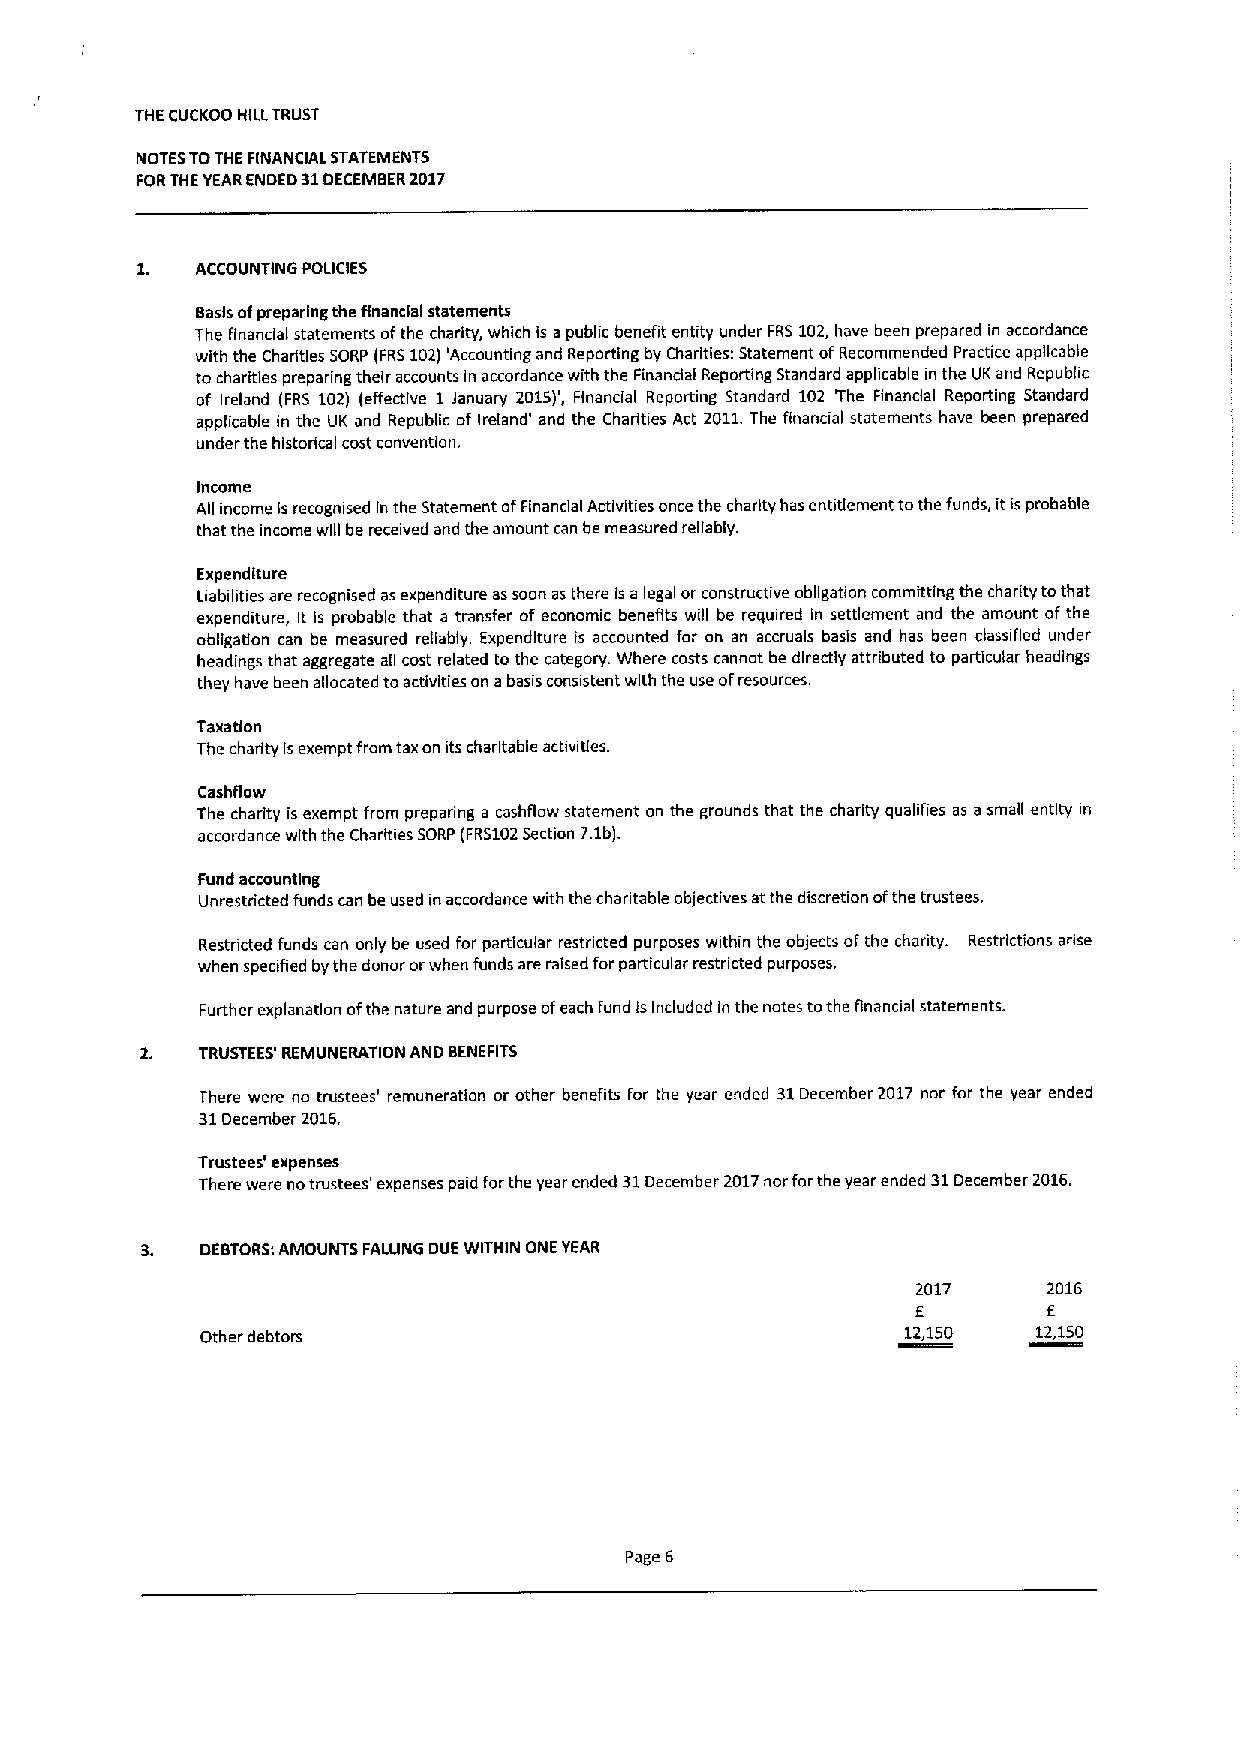
THE CUCKOO HILLTRUST
 NOTESTOTHE F(NANCIAL STATEMENTS
 FORTHEYEARENDED 31DECEMBER2017
 1.  ACCOUNTING POLICIES
 Basis ofpreparing the financial statements
 The financial statements ofthe charity, which is a public benefit entity under FRS102,have been prepared in accordance
 with the Charities SORP (FRS102)'Accounting and Reporting by Charities: Statement ofRecommended Practice applicable
 to charities preparing their accounts in accordance with the Finandal Reporting Standard applicable in the UKand Republic
 of Ireland (FRS 102) (effective 1January 2015)', Financial Reporting Standard 102 'The Financial Reporting Standard
 applicable in the UK and Republic of Ireland' and the Charities Act 2011.The financial statements have been prepared
 under the historical cost convention.
 Income
 All income is recogmsed ln the Statement ofFinancial Activities once the charity has entitlement tothe funds, itis probable
 that the income will be received and the amount can be measured reliably.
 Expenditure
 Liabilities are recognised asexpenditure assoon asthere ls a legal orconstructive obligation committing the charity tothat
 expenditure, it is probable that a transfer of economic benefits will be required in settlement and the amount ofthe
 obligation can be measured reliably. Expenditure is accounted for on an accruals basis and has been classified under
 headings that aggregate all cost related to the category. Where costs cannot be directly attributed to particular headings
 they have been allocated toactivities on abasis consistent with the use ofresources.
 Taxatlon
 Ihe charity Isexempt from taxon its charitable activities.
 Cashflow
 The charity is exempt from preparing a cashflow statement on the grounds that the charity qualifies as a small entity m
 accordance with the Charities SORP (FRS102Section 7.1b).
 Fund accounting
 Unrestricted funds can be used in accordance with the chantable objectives at the discretion ofthe trustees.
 Restricted funds can only be used for particular restncted purposes within the objects ofthe charity. Restrictions arise
 when specified by the donor orwhen funds are raised forparticular restricted purposes.
 Further explanation ofthe nature and purpose ofeach fund isIncluded in the notes tothe financial statements.
 TRUSTEES' REMUNERATION AND BENEFITS
 There were no trustees' remuneration or other benefits for the year ended 31December 2017 nor for the year ended
 31December 2016,
 Trustees' expenses
 There were notrustees' expenses paid forthe year ended 31December 2017nor forthe year ended 31December 2016.
 DEBTORS:AMOUNTS FALUNG DUE WITHIN ONE YEAR
 2017    2016
 E       E
 Other debtors                                  12,150   12,150
 Page 6